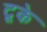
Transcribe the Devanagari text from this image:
टूके